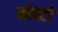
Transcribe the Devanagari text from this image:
मोस्टो